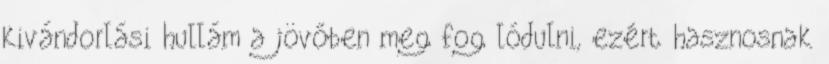
kivándorlási hullám a jövőben meg fog lódulni, ezért hasznosnak